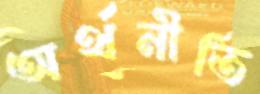
অর্থনীতি